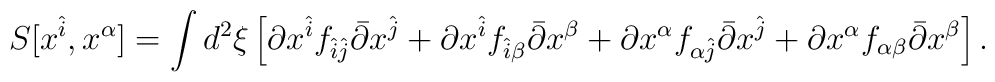
S[x^{\hat{i}},x^{\alpha}]=\int d^{2}\xi\left[\partial x^{\hat{i}}f_{\hat{i}\hat{j}}\bar{\partial}x^{\hat{j}}+\partial x^{\hat{i}}f_{\hat{i}\beta}\bar{\partial}x^{\beta}+\partial x^{\alpha}f_{\alpha\hat{j}}\bar{\partial}x^{\hat{j}}+\partial x^{\alpha}f_{\alpha\beta}\bar{\partial}x^{\beta}\right].